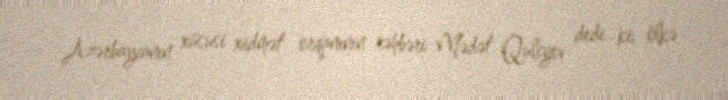
Azərbaycanın xüsusi xidmət orqanının rəhbəri Mədət Quliyev dedi ki, ölkə